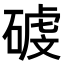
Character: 𥔮